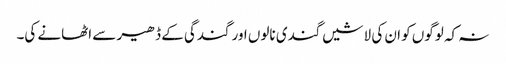
نہ کہ لوگوں کو ان کی لاشیں گندی نالوں اور گندگی کے ڈھیر سے اٹھانے کی۔